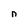
Character: n